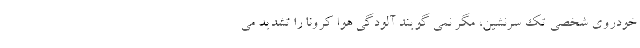
خودروی شخصی تک سرنشین، مگر نمی گویند آلودگی هوا کرونا را تشدید می